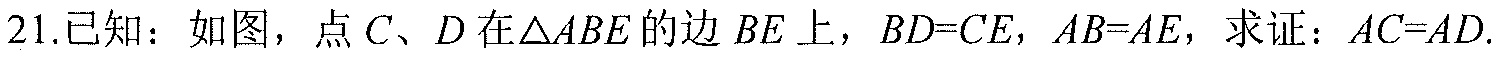
21.已知：如图，点\(C\)、\(D\)在\(\triangle ABE\)的边\(BE\)上，\(BD = CE\)，\(AB = AE\)，求证：\(AC = AD\).